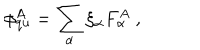
\phi _ { \mathrm { q u } } ^ { A } = \sum _ { \alpha } \xi _ { \alpha } F _ { \alpha } ^ { A } \ ,